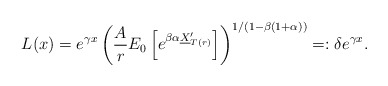
\begin{align*}L(x)=e^{\gamma x}\left(\frac{A}{r}E_0\left[e^{\beta\alpha \underline{X}'_{T(r)}} \right] \right)^{1/(1-\beta(1+\alpha))}=: \delta e^{\gamma x}. \end{align*}